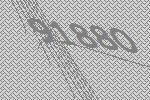
91880